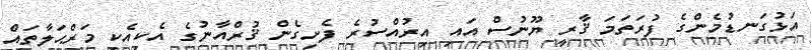
އަޅުގަނޑުމެންގެ ފުރަތަމަ ޤާރީ ޔޫނުސް އައި އިރުއްސުރެ ފެށިގެން ޤުރްއާނުގެ އެކިއެކި މަރްޙަލާތައް